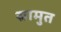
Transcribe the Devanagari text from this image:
स्रामुत